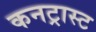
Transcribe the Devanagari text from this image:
कनट्रास्ट